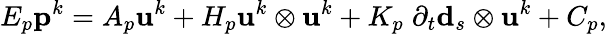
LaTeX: E_{p}\mathbf{p}^{k}=A_{p}\mathbf{u}^{k}+H_{p}\mathbf{u}^{k}\otimes\mathbf{u}^{k}+K_{p}\; \partial_{t}\mathbf{d}_{s}\otimes\mathbf{u}^{k}+C_{p},